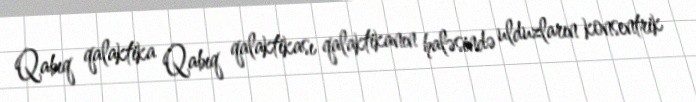
Qabıq qalaktika Qabıq qalaktikası qalaktikanın haləsində ulduzların konsentrik